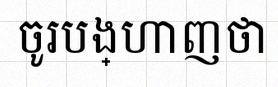
ចូរបង្ហាញថា